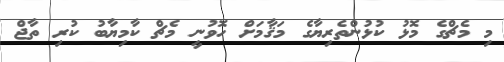
މި މެޗްގެ މޮޅު ކުޅުންތެރިޔާގެ މަޤާމަށް ހޮވުނީ މެޗް ކާމިޔާބު ކުރި ތާޖް